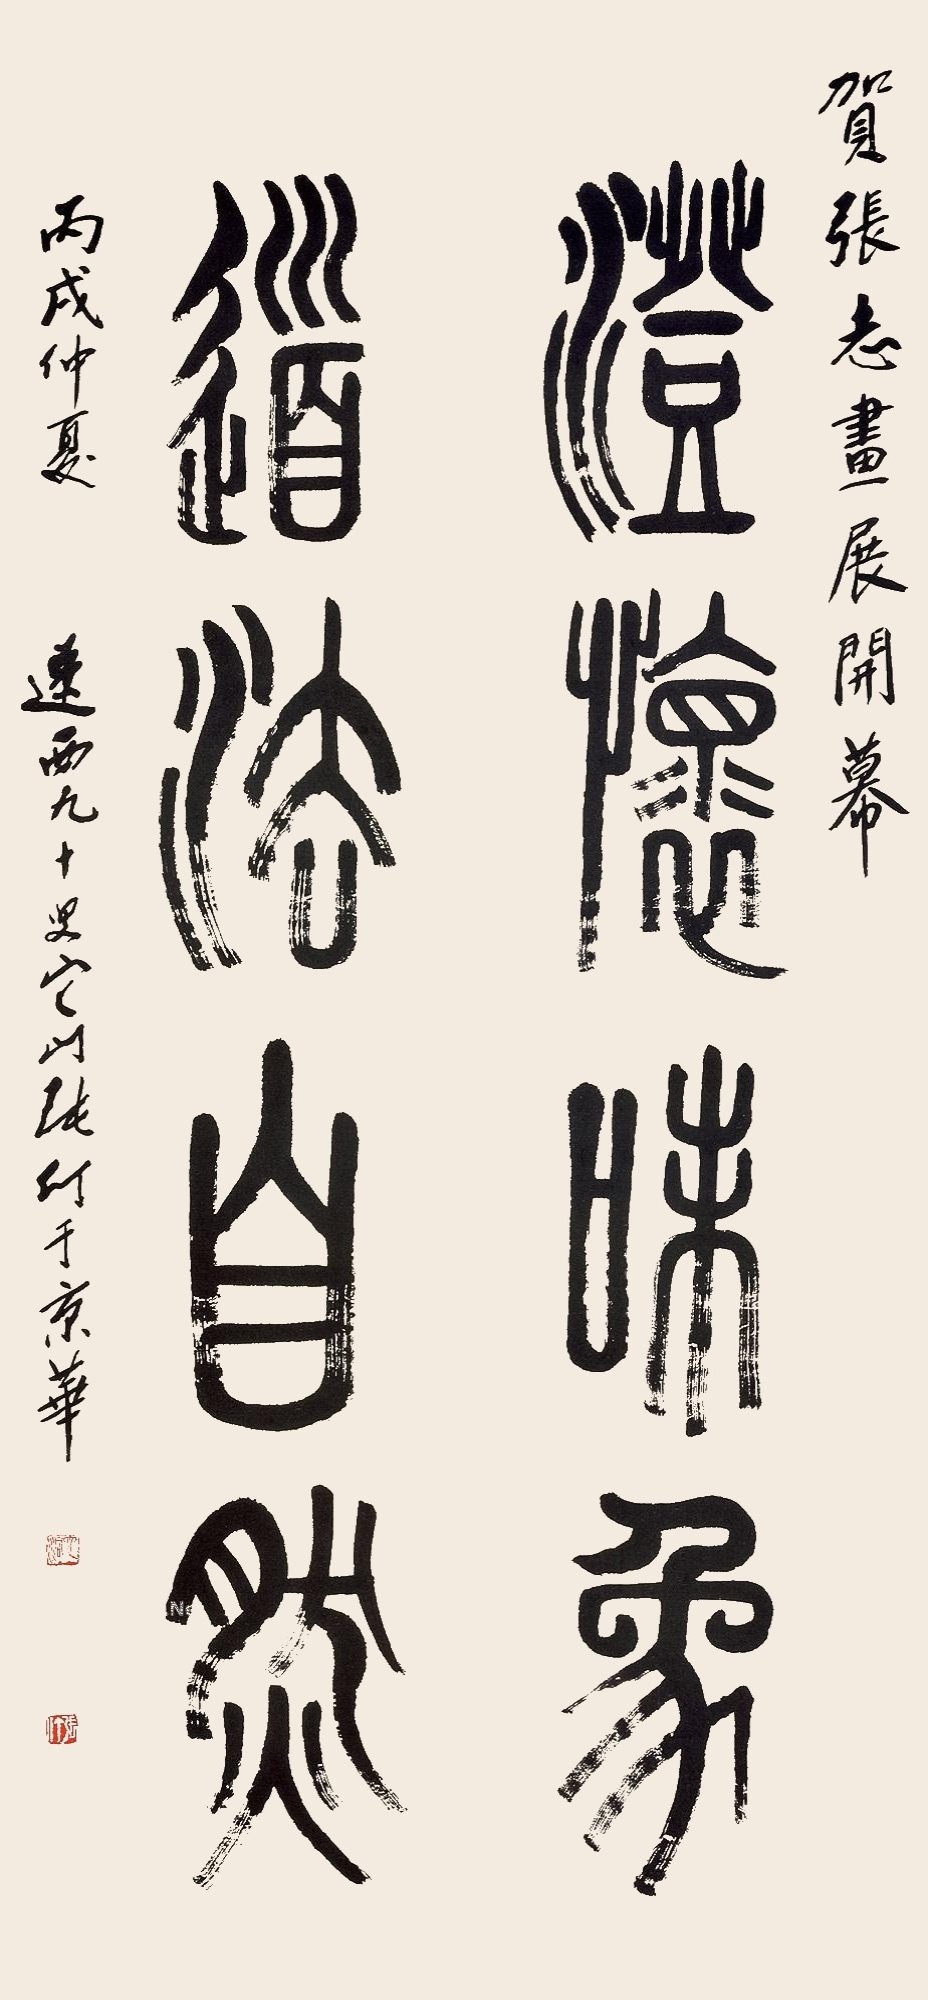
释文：澄怀味象，道法自然。贺张志画展开幕。丙戌仲夏，辽西九十叟它山张仃于京华。